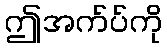
ဤအက်ပ်ကို